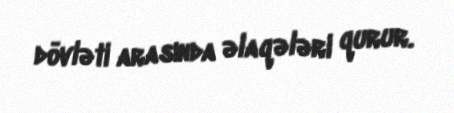
dövləti arasında əlaqələri qurur.